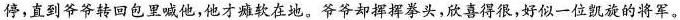
停，直到爷爷转回包里喊他。他才瘫软在地。爷爷却挥挥拳头，欣喜得很，好似一位凯旋的将军。